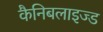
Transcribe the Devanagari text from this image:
कैनिबलाइज्ड